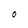
Character: O